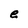
Character: e